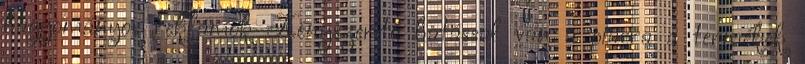
hagyományos reklámok Kényszerítő hatással van a piacra a termékek